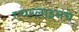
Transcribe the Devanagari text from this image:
एयरलाइनचे